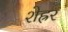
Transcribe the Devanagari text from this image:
शेह्रर